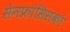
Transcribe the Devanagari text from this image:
सेनफ्रांसिसको